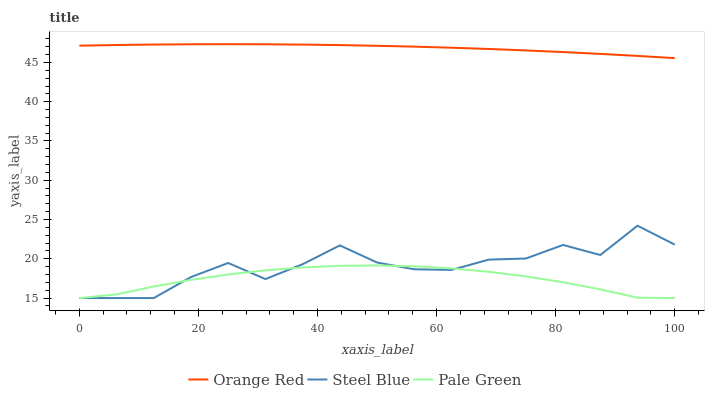
| xaxis_label | Orange Red | Steel Blue | Pale Green |
 | --- | --- | --- | --- |
 | 0 | 47.1 | 15 | 15 |
 | 6.25 | 47.2 | 15 | 15.5 |
 | 12.5 | 47.3 | 15 | 16.5 |
 | 18.8 | 47.3 | 17.7 | 17.3 |
 | 25 | 47.3 | 19.5 | 18 |
 | 31.2 | 47.3 | 17.4 | 18.5 |
 | 37.5 | 47.3 | 19.3 | 18.9 |
 | 43.8 | 47.2 | 21.7 | 19.1 |
 | 50 | 47.1 | 19.5 | 19.2 |
 | 56.2 | 47 | 18.7 | 19 |
 | 62.5 | 46.9 | 18.6 | 18.8 |
 | 68.8 | 46.7 | 19.9 | 18.3 |
 | 75 | 46.5 | 20 | 17.8 |
 | 81.2 | 46.3 | 21.8 | 17 |
 | 87.5 | 46.1 | 20.5 | 16.1 |
 | 93.8 | 45.8 | 24.2 | 15 |
 | 100 | 45.6 | 21.8 | 15 |